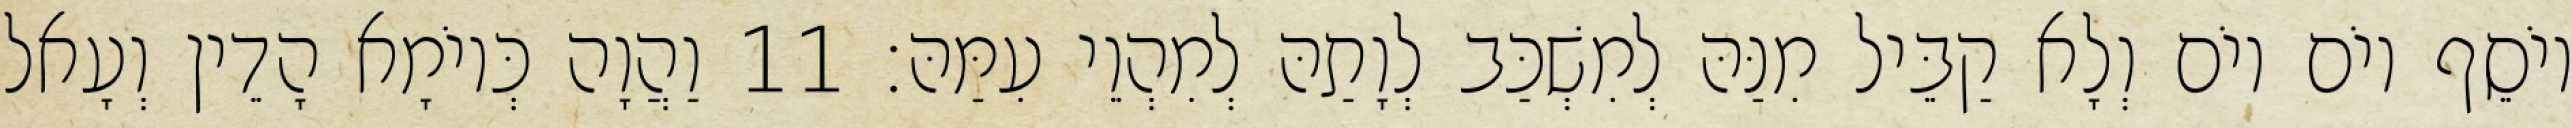
יוֹסֵף יוֹם יוֹם וְלָא קַבֵּיל מִנַּהּ לְמִשְׁכַּב לְוָתַהּ לְמִהְוֵי עִמַּהּ׃ 11 וַהֲוָה כְּיוֹמָא הָדֵין וְעָאל